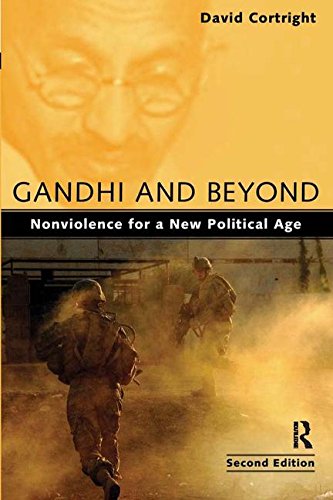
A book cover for Gandhi and Beyond: Nonviolence for a New Political Age; David Cortright; Religion & Spirituality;